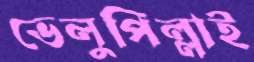
ভেলুপিল্লাই